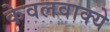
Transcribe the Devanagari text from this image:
केवलवाक्ये